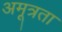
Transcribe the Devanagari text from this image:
अमूत्रता